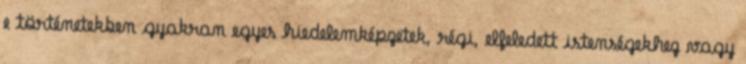
e történetekben gyakran egyes hiedelemképzetek, régi, elfeledett istenségekhez vagy